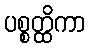
ပစ္စတ္ထိကာ